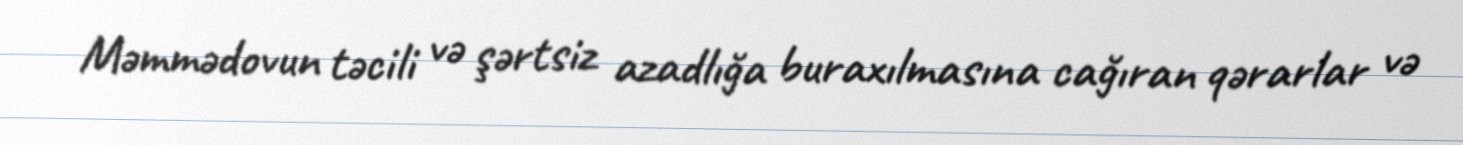
Məmmədovun təcili və şərtsiz azadlığa buraxılmasına cağıran qərarlar və